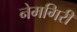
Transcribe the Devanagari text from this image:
नेमगिरी